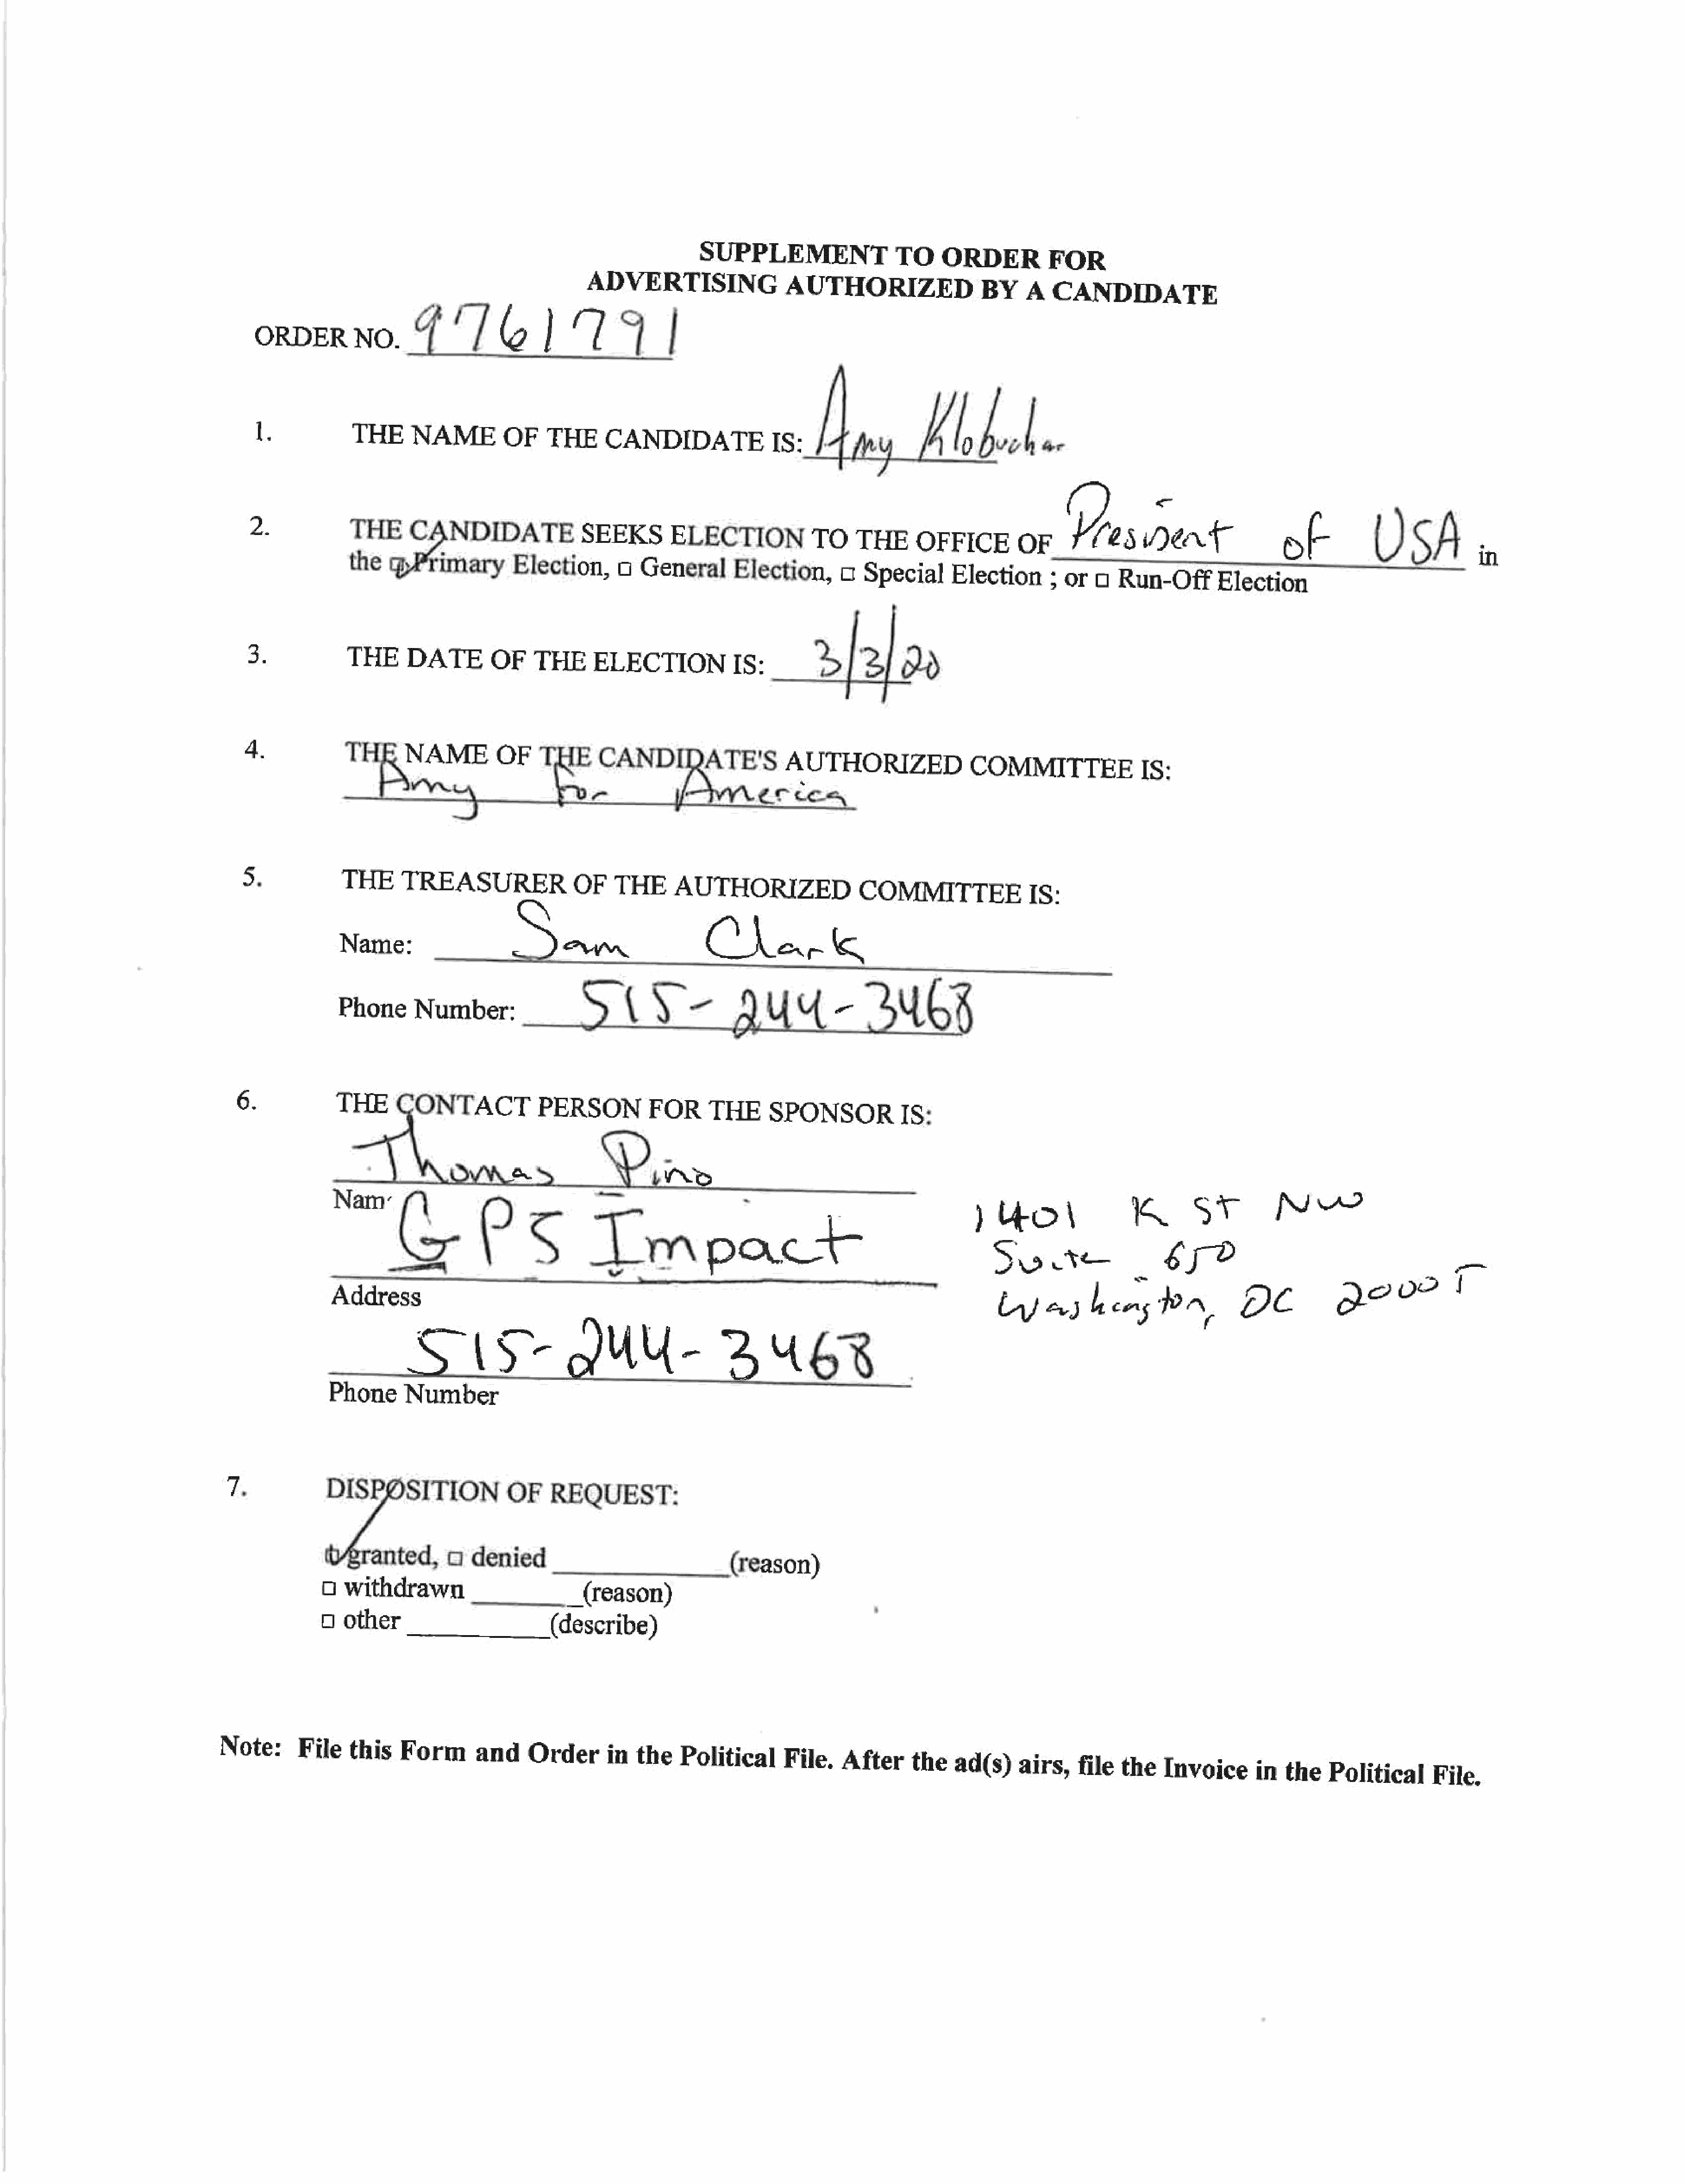
SUPPLEMENT
 TO     ORDER          FOR
 ADVERTISING
 AUTHORIZED
 BY     A  CANDIDATE
 ORDER          NO.       {   ‘Te          |IU]
 1.           THE      NAME         OF    THE      CANDIDATE
 IS:    !    iy        kl,     bile
 ©
 2             THE      CANDIDATE
 SEEKS           ELECTION
 TO    THE      OFFICE         OF     Yrs       Dea
 of           U     SA       in
 the     gPrimary       Election,      c   General      Election,      c   Special     Election      ; or   a  Run-Off       Election
 3.             THE     DATE        OF    THEELECTION
 IS:        _>/'2/       2d
 4.            THR      NAME         OF    THE      CANDIRATE'S
 AUTHORIZED
 COMMITTEEIs:
 wey
 cr
 ec    con
 os            THE     TREASURER
 OF    THE     AUTHORIZED
 COMMITTEEIS:
 Name:
 —                           Cha.              is
 Phone      Number:
 )  {   Y=          a    UY   UY  =      LUG8
 6.            THE        CONTACTPERSON
 FOR     THE      SPONSORIS:
 Thee:
 Sie.
 Se
 me       sr         NW
 wvlee                Pe             Tmpact
 $2.                        ye
 s
 oT
 Sie
 tyes         hens      Ba,        DC            Qe?
 S15
 DUU-
 BUR
 Phone      Number
 Ts             DISPOSITION
 OF    REQUEST:
 hus               a  denied
 (reason)
 O  withdrawn
 _(reason)
 0  other
 (describe)
 Note:       File   this   Form       and    Orderin         the   Political      File.   After     the    ad(s)    airs,   file  the   Invoice       in  the   Political      File.